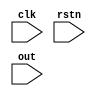
module test(
    input               clk,
    input       wire    rstn,
    
    input      [2:0]   out
);
reg     [2:0]   out_1;
reg     [2:0]   out_2;


always @(posedge clk or negedge rstn) begin
    if(!rstn)
        begin
            out_1 = 0;
            out_2 = out_1;
        end
    else    
        begin
            out_1 = out;
            out_2 = out_1;
        end
end



endmodule